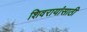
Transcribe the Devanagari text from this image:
शिवरायांसाठी